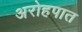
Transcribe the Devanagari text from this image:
अरोहपात